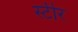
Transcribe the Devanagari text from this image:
स्टीर